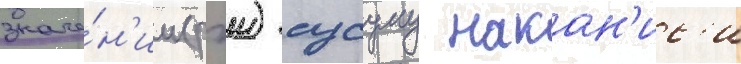
значе́н'ии (рэи) сусуму накан'ис'и